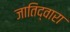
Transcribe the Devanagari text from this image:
जातिद्वारा